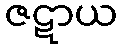
ဇဋာယ